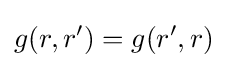
g(r,r^{\prime })=g(r^{\prime },r)